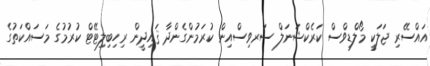
އައްސޭރި ޖަލަކީ މޯލްޑިވްސް ކަރެކްޝަނަލް ސަރވިސްއިން ކުރަމުންގެންދާ ޤައިދީން ރިހިބިލިޓޭޓް ކުރުމުގެ މަސައްކަތުގެ